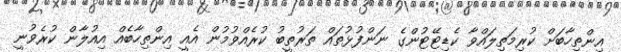
އިންތިހާބަށް ކުރިމަތިލައްވާ ކެޑިޓޭޓުންގެ ނަންފުޅުތައް ތަރުތީބު ކުރެއްވުމުން އެއީ އިންތިހާބެއް އިއުލާން ކުރެވުނީ